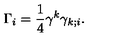
\Gamma _ { i } = \frac { 1 } { 4 } \gamma ^ { k } \gamma _ { k ; i } .